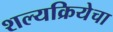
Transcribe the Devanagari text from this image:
शल्यक्रियेचा